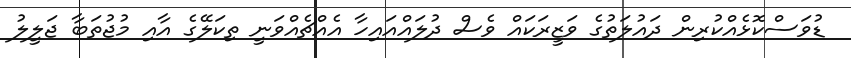
ޑުވަސްކޮޅެއްކުރިން ދައުލަތުގެ ވަޒީރަކައް ވެސް ދުލައްއައިހާ އެއްޗެއްވަނީ ތިކަލޭގެ އާއި މުޖުތަބާ ޖަލީލު